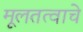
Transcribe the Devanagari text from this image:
मूलतत्वाचे